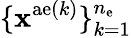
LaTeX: \{ {\mathbf x}^{\mathrm{ae}(k)}\} _{k=1}^{n_{\mathrm{e}}}